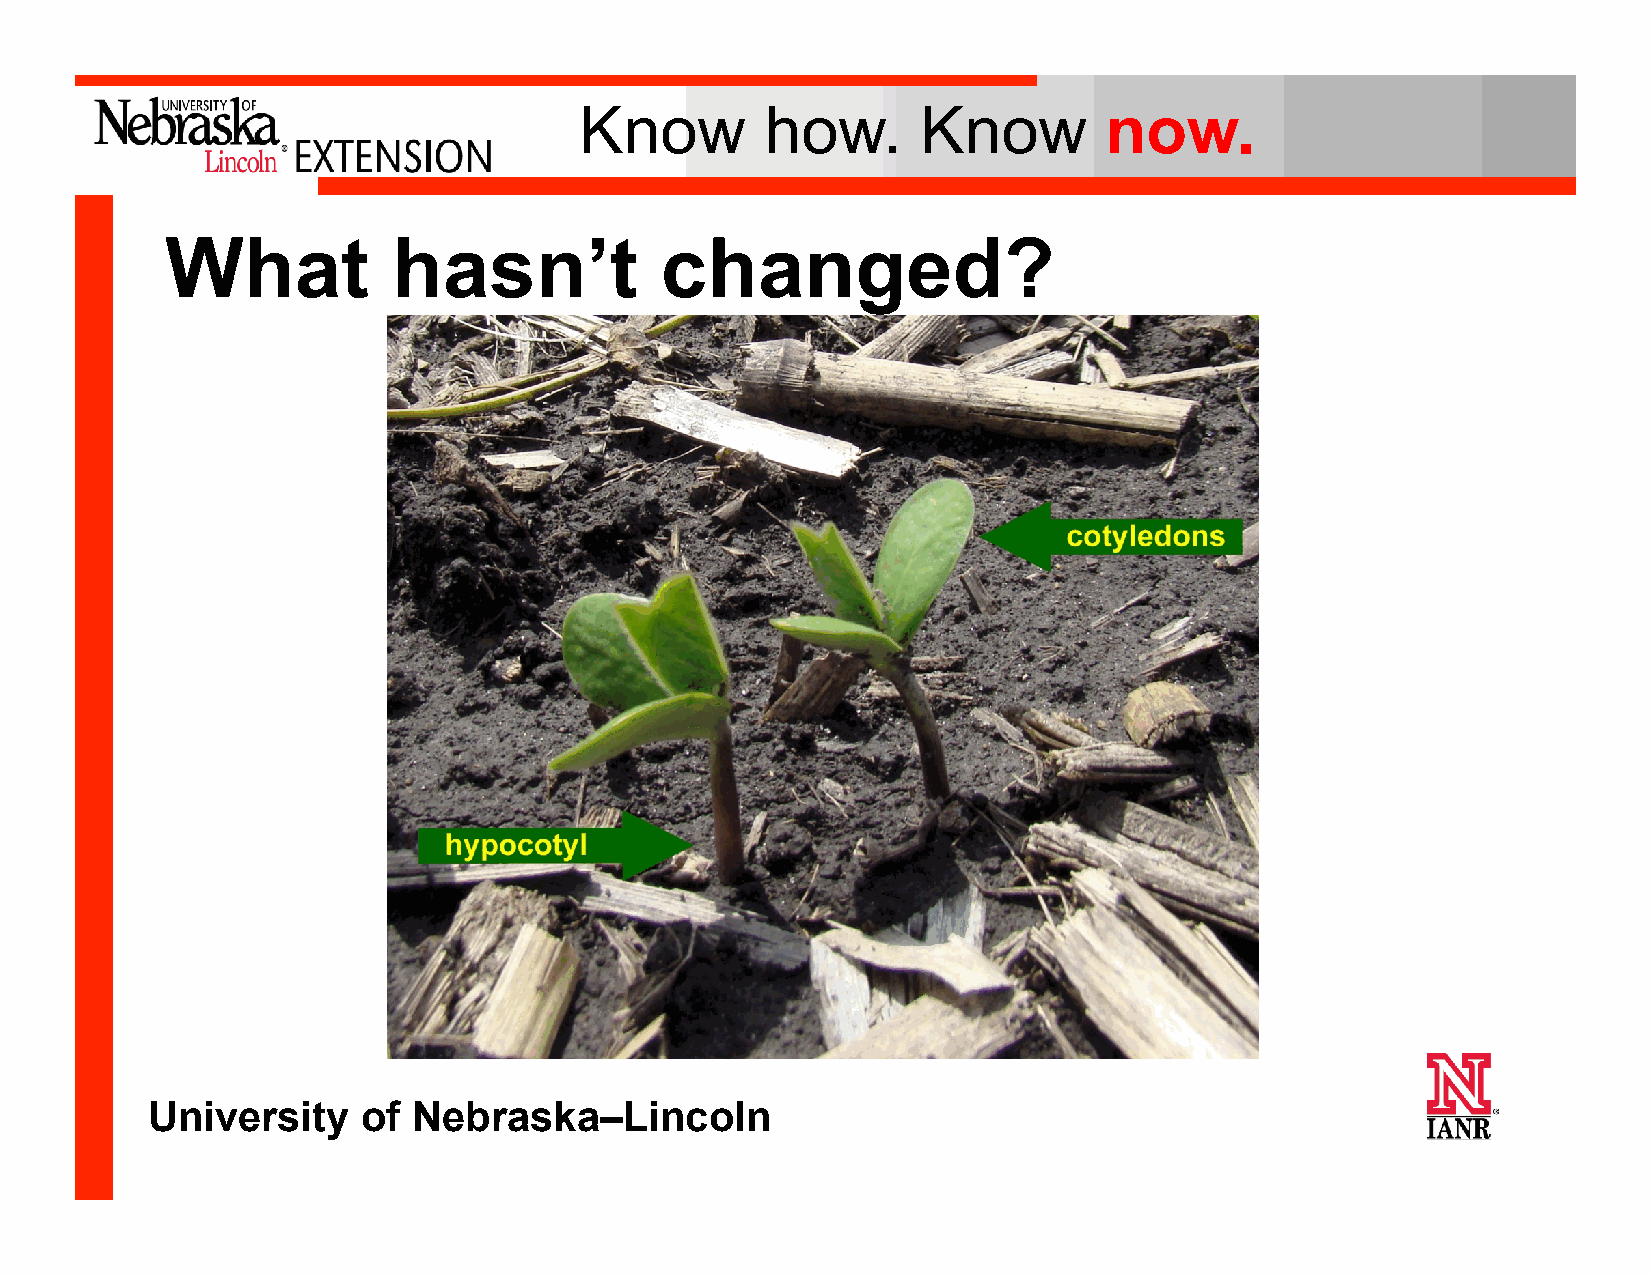
Know         how.      Know        now.
 What           hasn’t            changed?
 University    of Nebraska–Lincoln